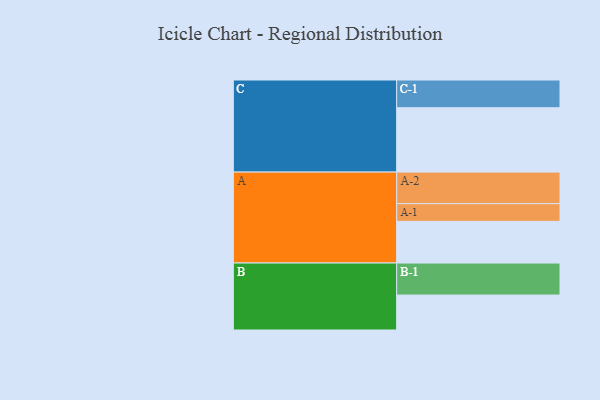
{"axis": {"x": "Segment", "y": "Value"}, "legend": ["", "A", "B", "C"], "data": [{"x": "A", "y": 365, "type": ""}, {"x": "B", "y": 306, "type": ""}, {"x": "C", "y": 563, "type": ""}, {"x": "A-1", "y": 155, "type": "A"}, {"x": "A-2", "y": 276, "type": "A"}, {"x": "B-1", "y": 280, "type": "B"}, {"x": "C-1", "y": 243, "type": "C"}]}